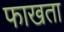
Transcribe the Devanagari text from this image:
फाखता